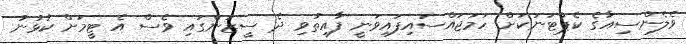
ވެލެންސިއާގެ ކެޕްޓަނަކަށް ހަމަޖައްސައިފައިވަނީ ފާއިތުވި ދެ ސީޒަންގައި ވެސް އެ ޓީމަށް ކުޅުނު